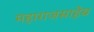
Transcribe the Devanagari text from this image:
महाराजसाहेब